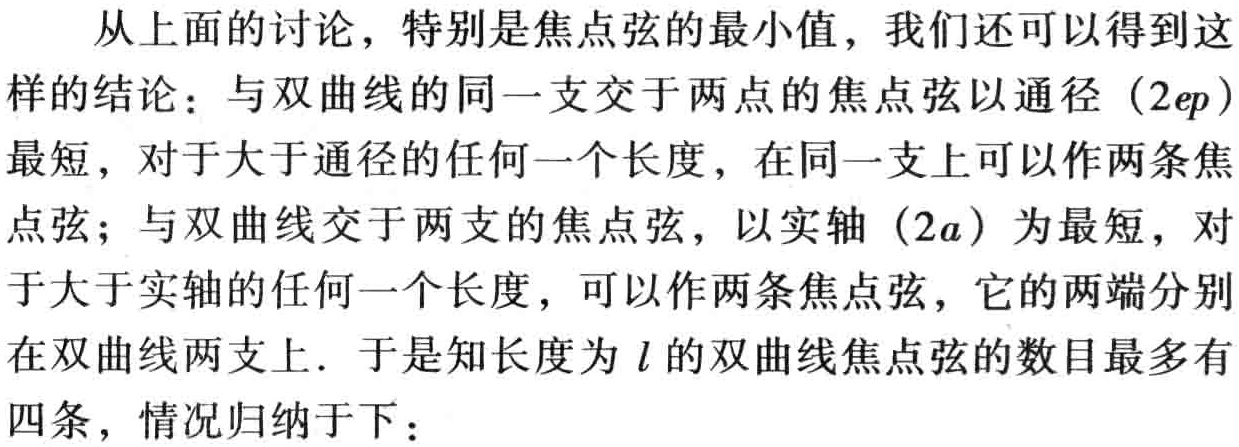
从上面的讨论，特别是焦点弦的最小值，我们还可以得到这样的结论：与双曲线的同一支交于两点的焦点弦以通径（\(2ep\)）最短，对于大于通径的任何一个长度，在同一支上可以作两条焦点弦；与双曲线交于两支的焦点弦，以实轴（\(2a\)）为最短，对于大于实轴的任何一个长度，可以作两条焦点弦，它的两端分别在双曲线两支上．于是知长度为\(l\)的双曲线焦点弦的数目最多有四条，情况归纳于下：